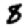
Digit: 8